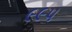
૯૯૫